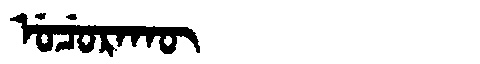
Manchu: ᡠᠴᡠᡵᠠᡴᡡ
Romanization: UCURAKŪ